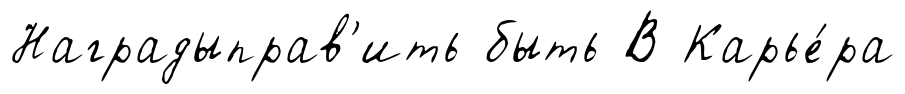
Наградыправ'ить быть В Карье́ра